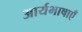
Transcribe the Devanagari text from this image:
आर्यभाषाएँ